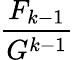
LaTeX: \frac{F_{k-1}}{G^{k-1}}